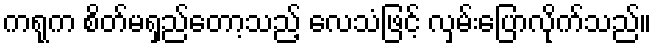
ကရုက စိတ်မရှည်တော့သည့် လေသံဖြင့် လှမ်းပြောလိုက်သည်။